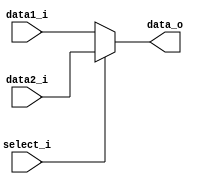
module MUX5 // for only R-type & addi
(
   data1_i,
   data2_i,
   select_i,
   data_o
);

// Ports
input	[4:0]		data1_i;
input	[4:0]		data2_i;
input				select_i;
output 	[4:0]		data_o;

// Wires & Registers
reg		[4:0]		data_o;


always@(*) begin
    if(select_i) begin // select_i = 1 -> R-type
        data_o = data2_i; // rd
    end
    else begin // select_i = 0 -> addi
		data_o = data1_i; // rt
    end
end

endmodule